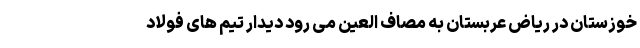
خوزستان در ریاض عربستان به مصاف العین می رود دیدار تیم های فولاد